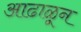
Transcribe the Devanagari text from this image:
आढाळून